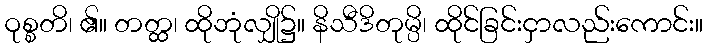
ဝုစ္စတိ၊ ၏။ တတ္ထ၊ ထိုဘုံလျှို၌။ နိသီဒိတုမ္ပိ၊ ထိုင်ခြင်းငှာလည်းကောင်း။